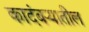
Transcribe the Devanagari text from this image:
कादंबऱ्यातील